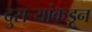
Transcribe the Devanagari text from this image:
दुसर्‍यांकडून